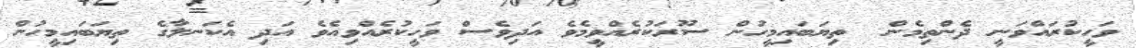
ވަހީކުރައްވަނީ ދެންތިމެން  ތިޔަބައިމީހުން ސޫރަކުރެއްވީމެވެ އަދިވެސް ވަހީކުރެއްވިއެވެ އަދި އެކަނލާގެ ތިޔަބައިމީހުން